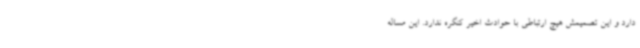
دارد و این تصمیمش هیچ ارتباطی با حوادث اخیر کنگره ندارد. این مساله